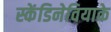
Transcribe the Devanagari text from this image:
स्केंडिनेवियाके